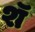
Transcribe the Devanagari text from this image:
शॅ